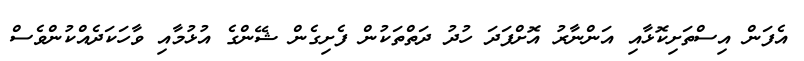
އެފަން އިސްތަށިކޮޅާއި އަންނާރު އޮށްފަދަ ހުދު ދަތްތަކުން ފެށިގެން ޝޭންގެ އުޅުމާއި ވާހަކަދެއްކުންވެސް